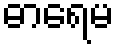
ဓာရေမ